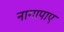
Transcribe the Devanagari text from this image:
नागापाए